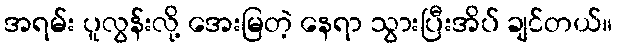
အရမ်း ပူလွန်းလို့ အေးမြတဲ့ နေရာ သွားပြီးအိပ် ချင်တယ်။